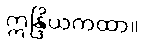
ဣန္ဒြိယကထာ။